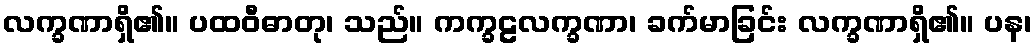
လက္ခဏာရှိ၏။ ပထဝီဓာတု၊ သည်။ ကက္ခဠလက္ခဏာ၊ ခက်မာခြင်း လက္ခဏာရှိ၏။ ပန၊